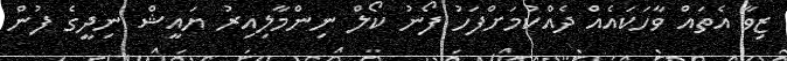
ޒިވާ އެތައް ވާހަކައެއް ދެއްކުމަށްފަހު ފޯނު ކޯލް ނިންމާލިއިރު ޔައީޝް ނިދީގެ ފުން